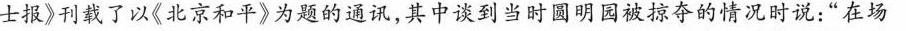
士报》刊载了以《北京和平》为题的通讯，其中谈到当时圆明园被掠夺的情况时说：”在场